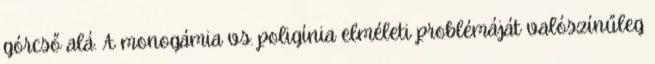
górcső alá. A monogámia vs. poligínia elméleti problémáját valószínűleg